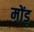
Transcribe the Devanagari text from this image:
मोंड़